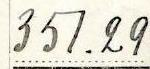
351.29